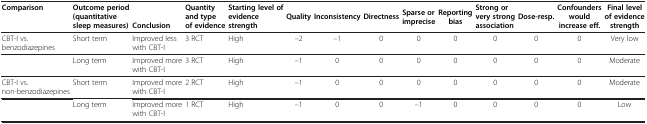
<table><thead><tr><td><b>Comparison</b></td><td><b>Outcome period (quantitative sleep measures)</b></td><td><b>Conclusion</b></td><td><b>Quantity and type of evidence</b></td><td><b>Starting level of evidence strength</b></td><td><b>Quality</b></td><td><b>Inconsistency</b></td><td><b>Directness</b></td><td><b>Sparse or imprecise</b></td><td><b>Reporting bias</b></td><td><b>Strong or very strong association</b></td><td><b>Dose-resp.</b></td><td><b>Confounders would increase eff.</b></td><td><b>Final level of evidence strength</b></td></tr></thead><tbody><tr><td>CBT-I vs. benzodiazepines</td><td>Short term</td><td>Improved less with CBT-I</td><td>3 RCT</td><td>High</td><td>–2</td><td>–1</td><td>0</td><td>0</td><td>0</td><td>0</td><td>0</td><td>0</td><td>Very low</td></tr><tr><td> </td><td>Long term</td><td>Improved more with CBT-I</td><td>3 RCT</td><td>High</td><td>–1</td><td>0</td><td>0</td><td>0</td><td>0</td><td>0</td><td>0</td><td>0</td><td>Moderate</td></tr><tr><td>CBT-I vs. non-benzodiazepines</td><td>Short term</td><td>Improved more with CBT-I</td><td>2 RCT</td><td>High</td><td>–1</td><td>0</td><td>0</td><td>0</td><td>0</td><td>0</td><td>0</td><td>0</td><td>Moderate</td></tr><tr><td> </td><td>Long term</td><td>Improved more with CBT-I</td><td>1 RCT</td><td>High</td><td>–1</td><td>0</td><td>0</td><td>–1</td><td>0</td><td>0</td><td>0</td><td>0</td><td>Low</td></tr></tbody></table>